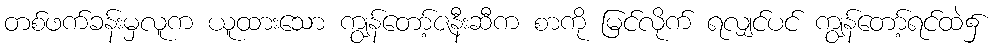
တစ်ဖက်ခန်းမှလူက ယူထားသော ကျွန်တော့်ဇနီးဆီက စာကို မြင်လိုက် ရလျှင်ပင် ကျွန်တော့်ရင်ထဲ၌